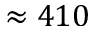
\approx 4 1 0